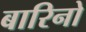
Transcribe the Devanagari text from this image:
बारिनो